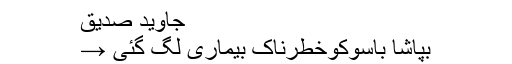
جاوید صدیق
بپاشا باسوکوخطرناک بیماری لگ گئی →